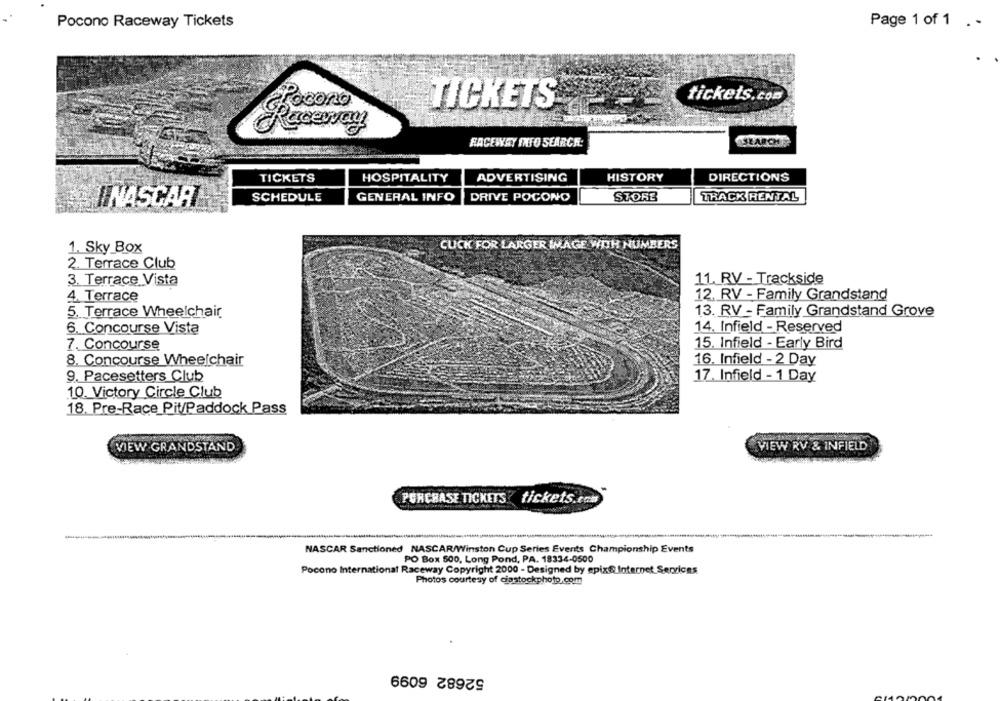
Pocono Raceway Tickets
Page 1 of 1 . -
tickets.com
TICKETS
Pocono
FACEWAY INFO SEARCH:
TICKETS
HOSPITALITY
ADVERTISING
HISTORY
DIRECTIONS
SCHEDULE
GENERAL INFO
DRIVE POCONO
TRACK RENTAL
INASCAR
STORE
CUCK FOR LARGER IMAGE WITH NUMBERS
1. Sky Box
2. Terrace Club
3. Terrace Vista
11. RV - Trackside
4. Terrace
12. RV - Family Grandstand
5. Terrace Wheelchair
13. RV - Family Grandstand Grove
6. Concourse Vista
14. Infield - Reserved
15. Infield - Early Bird
7. Concourse
8. Concourse Wheelchair
16. Infield - 2 Day
9. Pacesetters Club
17. Infield - 1 Day
10. Victory Circle Club
18. Pre-Race Pit/Paddock Pass
VIEW GRANDSTAND
VIEW RV & INFIELD
PURCHASE TICKETS tickets.tom
NASCAR Sanctioned NASCAR/Winston Cup Series Events Championship Events
PO Box 500, Long Pond, PA. 18334-0500
Pocono International Raceway Copyright 2000 - Designed by epix@ Internet Services
Photos courtesy of ciastockphoto,com
52682 6099